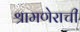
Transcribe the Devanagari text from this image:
श्रामणेराची